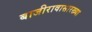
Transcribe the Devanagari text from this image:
बाजीरावासारख्या